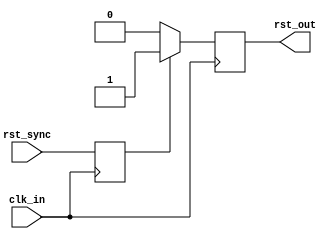
module Synchronizer (
    input wire rst_sync,
    input wire clk_in,
    output reg rst_out
);

reg rst_sync_ff;

always @(posedge clk_in) begin
    rst_sync_ff <= rst_sync;
end

always @(posedge clk_in) begin
    if (rst_sync_ff == 1'b1) begin
        rst_out <= 1'b1;
    end else begin
        rst_out <= 1'b0;
    end
end

endmodule